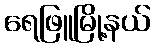
ရေဖြူမြို့နယ်